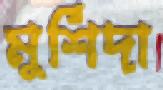
মুর্শিদা